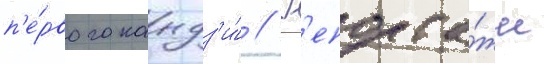
п'е́рвого кандз'и́ // Р'епорта́жи